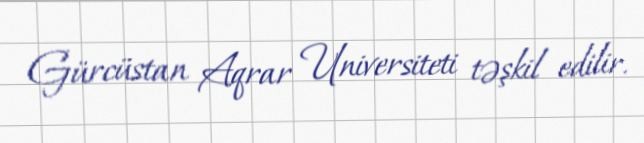
Gürcüstan Aqrar Universiteti təşkil edilir.